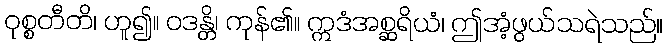
ဝုစ္စတီတိ၊ ဟူ၍။ ဝဒန္တိ၊ ကုန်၏။ ဣဒံအစ္ဆရိယံ၊ ဤအံ့ဖွယ်သရဲသည်။